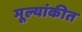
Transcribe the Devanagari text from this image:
मूल्यांकीत